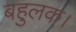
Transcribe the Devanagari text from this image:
बहुलक।